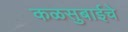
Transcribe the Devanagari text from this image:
कळसुबाईचे